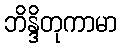
ဘိန္ဒိတုကာမာ